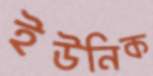
ইউনিক